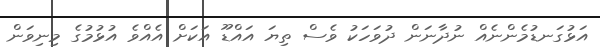
އަޅުގަނޑުމެންނެއްް ނުދާނަން ދުވަހަކު ވެސް ތިޔަ އައްޑޫ އަކަށް އެއްވެ އުޅުމުގެ މިނިވަން